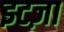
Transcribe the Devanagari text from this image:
इटज़ा